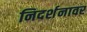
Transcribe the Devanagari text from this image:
निदर्शनावर